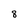
Character: 8